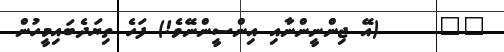
٥٧     (އޭ ޖިންނީންނާއި އިންސީންނޭވެ!) ފަހެ ތިޔަދެބައިމީހުން